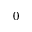
0